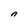
Character: n